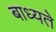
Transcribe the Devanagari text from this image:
बाध्यते